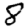
Digit: 8